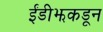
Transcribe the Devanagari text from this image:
ईंडीझकडून